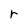
Character: r